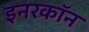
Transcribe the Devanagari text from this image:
इनरकॉन